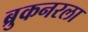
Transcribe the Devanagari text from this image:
ब्रुकनरला